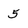
Character: 5